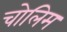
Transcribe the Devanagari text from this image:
चोलिम